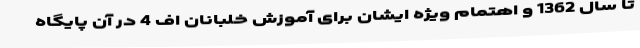
تا سال 1362 و اهتمام ویژه ایشان برای آموزش خلبانان اف 4 در آن پایگاه